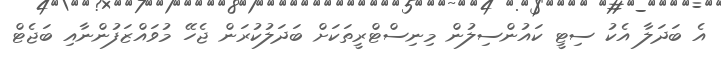
އެ ބަދަލާ އެކު ސިޓީ ކައުންސިލުން މިނިސްޓްރީތަކަށް ބަދަލުކުރަން ޖެހޭ މުވައްޒަފުންނާއި ބަޖެޓް